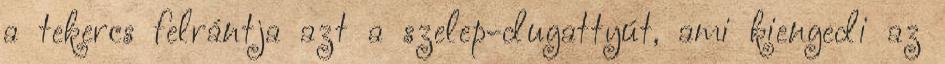
a tekercs felrántja azt a szelep-dugattyút, ami kiengedi az